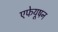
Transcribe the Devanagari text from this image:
एफेयूषन